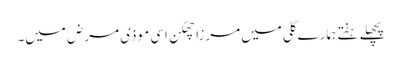
پچھلے ہفتے ہمارے گلی میں مرزا چھکن اسی موذی مرض میں۔